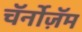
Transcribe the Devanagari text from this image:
चॅर्नोज़ॅम